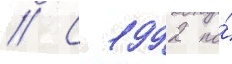
// С 1992 по́